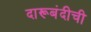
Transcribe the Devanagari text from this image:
दारूबंदीची